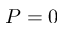
P = 0